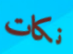
نكات